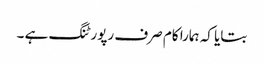
بتایا کہ ہمارا کام صرف رپورٹنگ ہے ۔